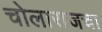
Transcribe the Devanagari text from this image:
चोलाराजचा